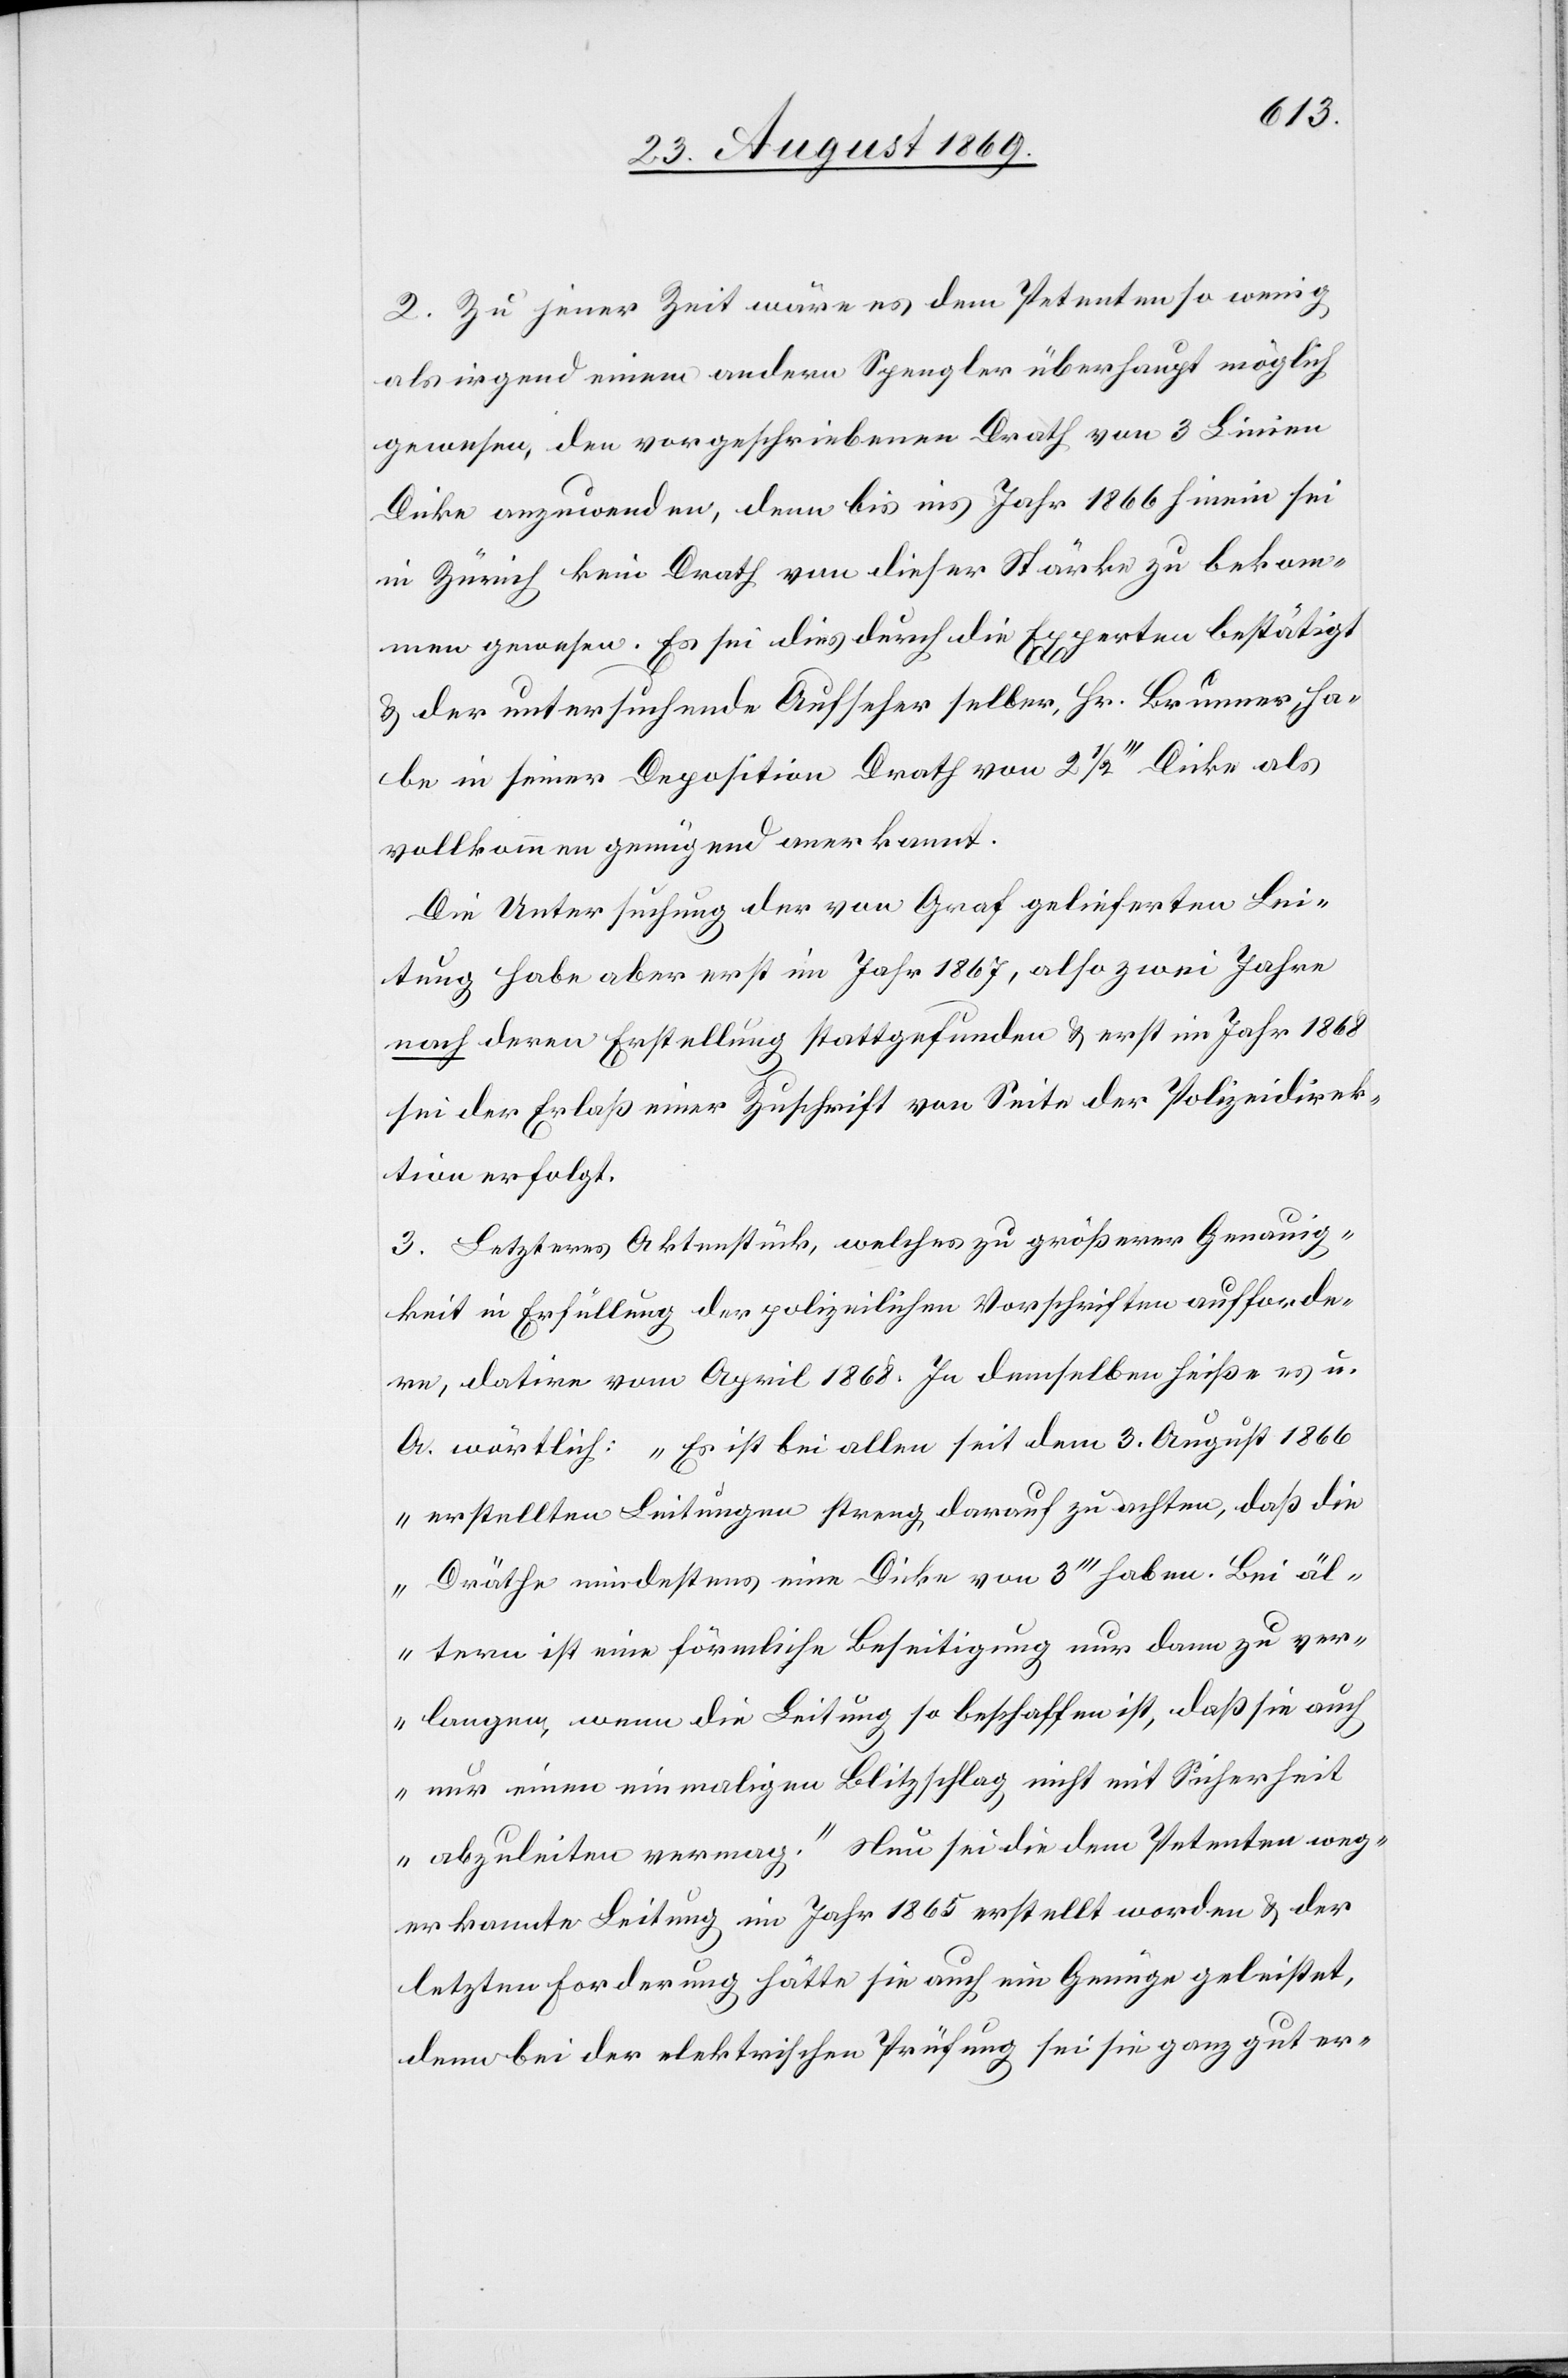
2. Zu jener Zeit wäre es dem Petenten so wenig
als irgend einem andern Spengler überhaupt möglich
gewesen, den vorgeschriebenen Drath von 3 Linien
Dicke anzuwenden, denn bis ins Jahr 1866 hinein sei
in Zürich kein Drath von dieser Stärke zu bekom¬
men gewesen. Es sei dies durch die Experten bestätigt
& der untersuchende Aufseher selber, Hr. Brunner, ha¬
be in seiner Deposition Drath von 2 1/2‘‘‘ Dicke als
vollkommen genügend anerkannt.
Die Untersuchung der von Graf gelieferten Lei¬
tung habe aber erst im Jahr 1867, also zwei Jahre
nach deren Erstellung stattgefunden & erst im Jahr 1868
sei der Erlaß einer Zuschrift von Seite der Polizeidirek¬
tion erfolgt.
3. Letzteres Aktenstück, welches zu größerer Genauig¬
keit in Erfüllung der polizeilichen Vorschriften aufforde¬
re, datire vom April 1868. In demselben heiße es u.
A. wörtlich: „Es ist bei allen seit dem 3. August 1866
erstellten Leitungen streng darauf zu achten, daß die
Dräthe mindestens eine Dicke von 3‘‘‘ haben. Bei äl¬
tern ist eine förmliche Beseitigung nur dann zu ver¬
langen, wenn die Leitung so beschaffen ist, daß sie auch
nur einen einmaligen Blitzschlag nicht mit Sicherheit
abzuleiten vermag.“ Nun sei die dem Petenten weg¬
erkannte Leitung im Jahr 1865 erstellt worden & der
letzten Forderung hätte sie auch ein Genüge geleistet,
denn bei der elektrischen Prüfung sei sie ganz gut er-